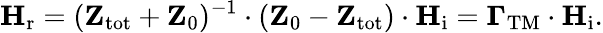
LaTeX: \mathbf{H}_{\mathrm{r}}=(\mathbf{Z}_{\mathrm{tot}}+\mathbf{Z}_{0})^{-1}\cdot(\mathbf{Z}_{0}-\mathbf{Z}_{\mathrm{tot}})\cdot\mathbf{H}_{\mathrm{i}}=\mathbf{\Gamma}_{\mathrm{TM}}\cdot\mathbf{H}_{\mathrm{i}}.